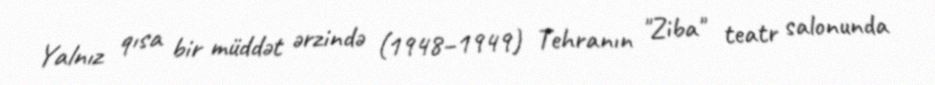
Yalnız qısa bir müddət ərzində (1948–1949) Tehranın "Ziba" teatr salonunda